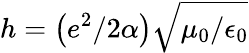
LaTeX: h=\left(e^{2}/2\alpha\right)\sqrt{\mu_{0}/\epsilon_{0}}